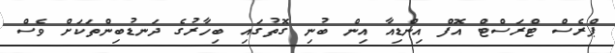
ޕްރެސް ޓްރަސްޓް އޮފް އިންޑިއާ އިން ބުނި ގޮތުގައި ބިހާރުގެ ދަނޑުބިންތަކަށް ވެސް